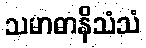
သမာဓာနိသံသံ